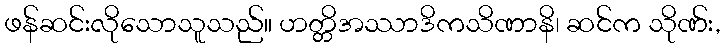
ဖန်ဆင်းလိုသောသူသည်။ ဟတ္တိအဿာဒိကသိဏာနိ၊ ဆင်က သိုဏ်း,